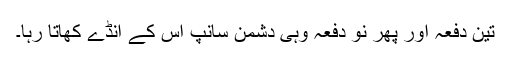
تین دفعہ اور پھر نو دفعہ وہی دشمن سانپ اس کے انڈے کھاتا رہا۔